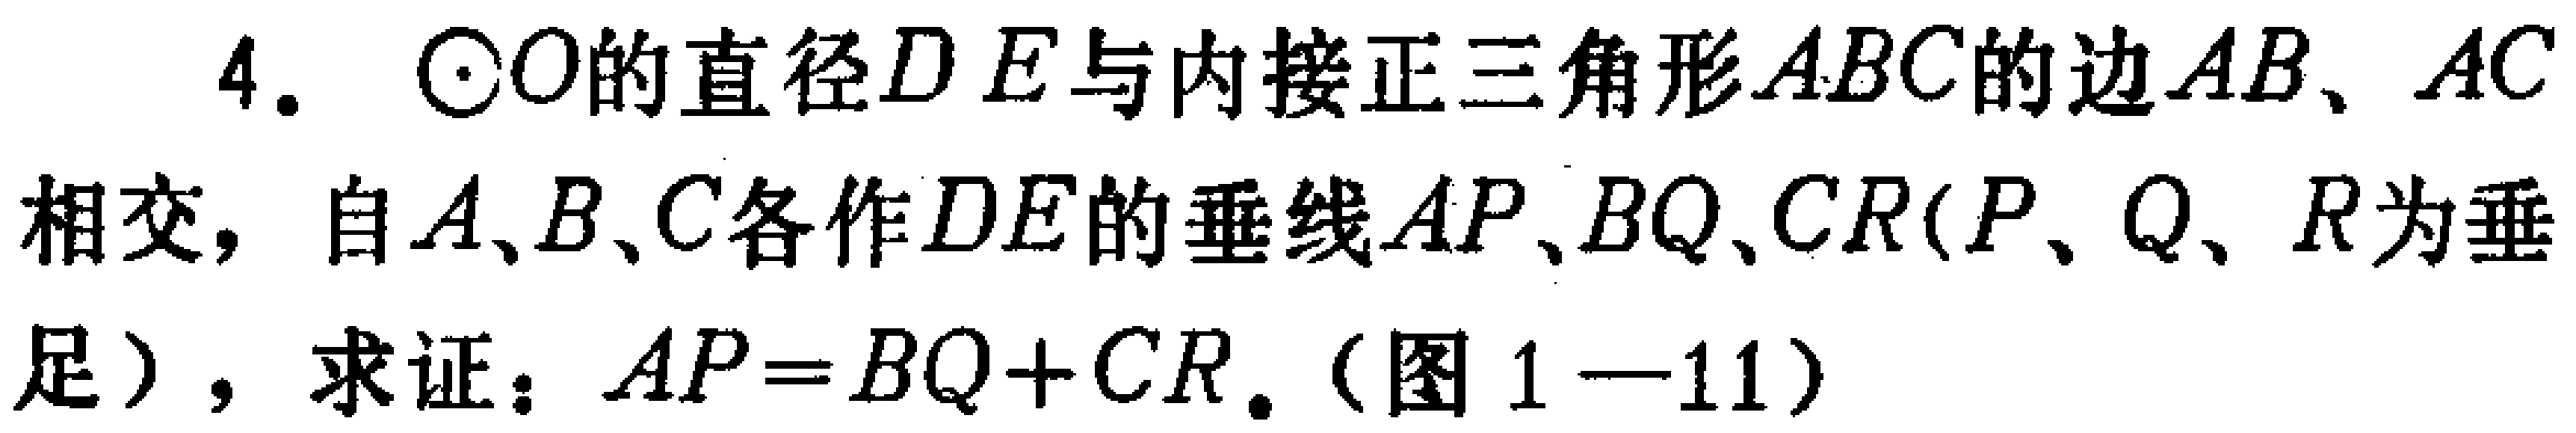
4. $\odot O$的直径$DE$与内接正三角形$ABC$的边$AB$、$AC$相交，自$A$、$B$、$C$各作$DE$的垂线$AP$、$BQ$、$CR$($P$、$Q$、$R$为垂足)，求证：$AP = BQ + CR$.(图$1 - 11$)